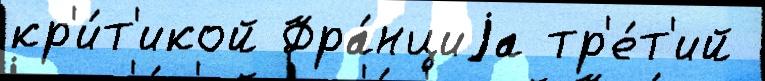
кр'и́т'икой Фра́нциjа тр'е́т'ий